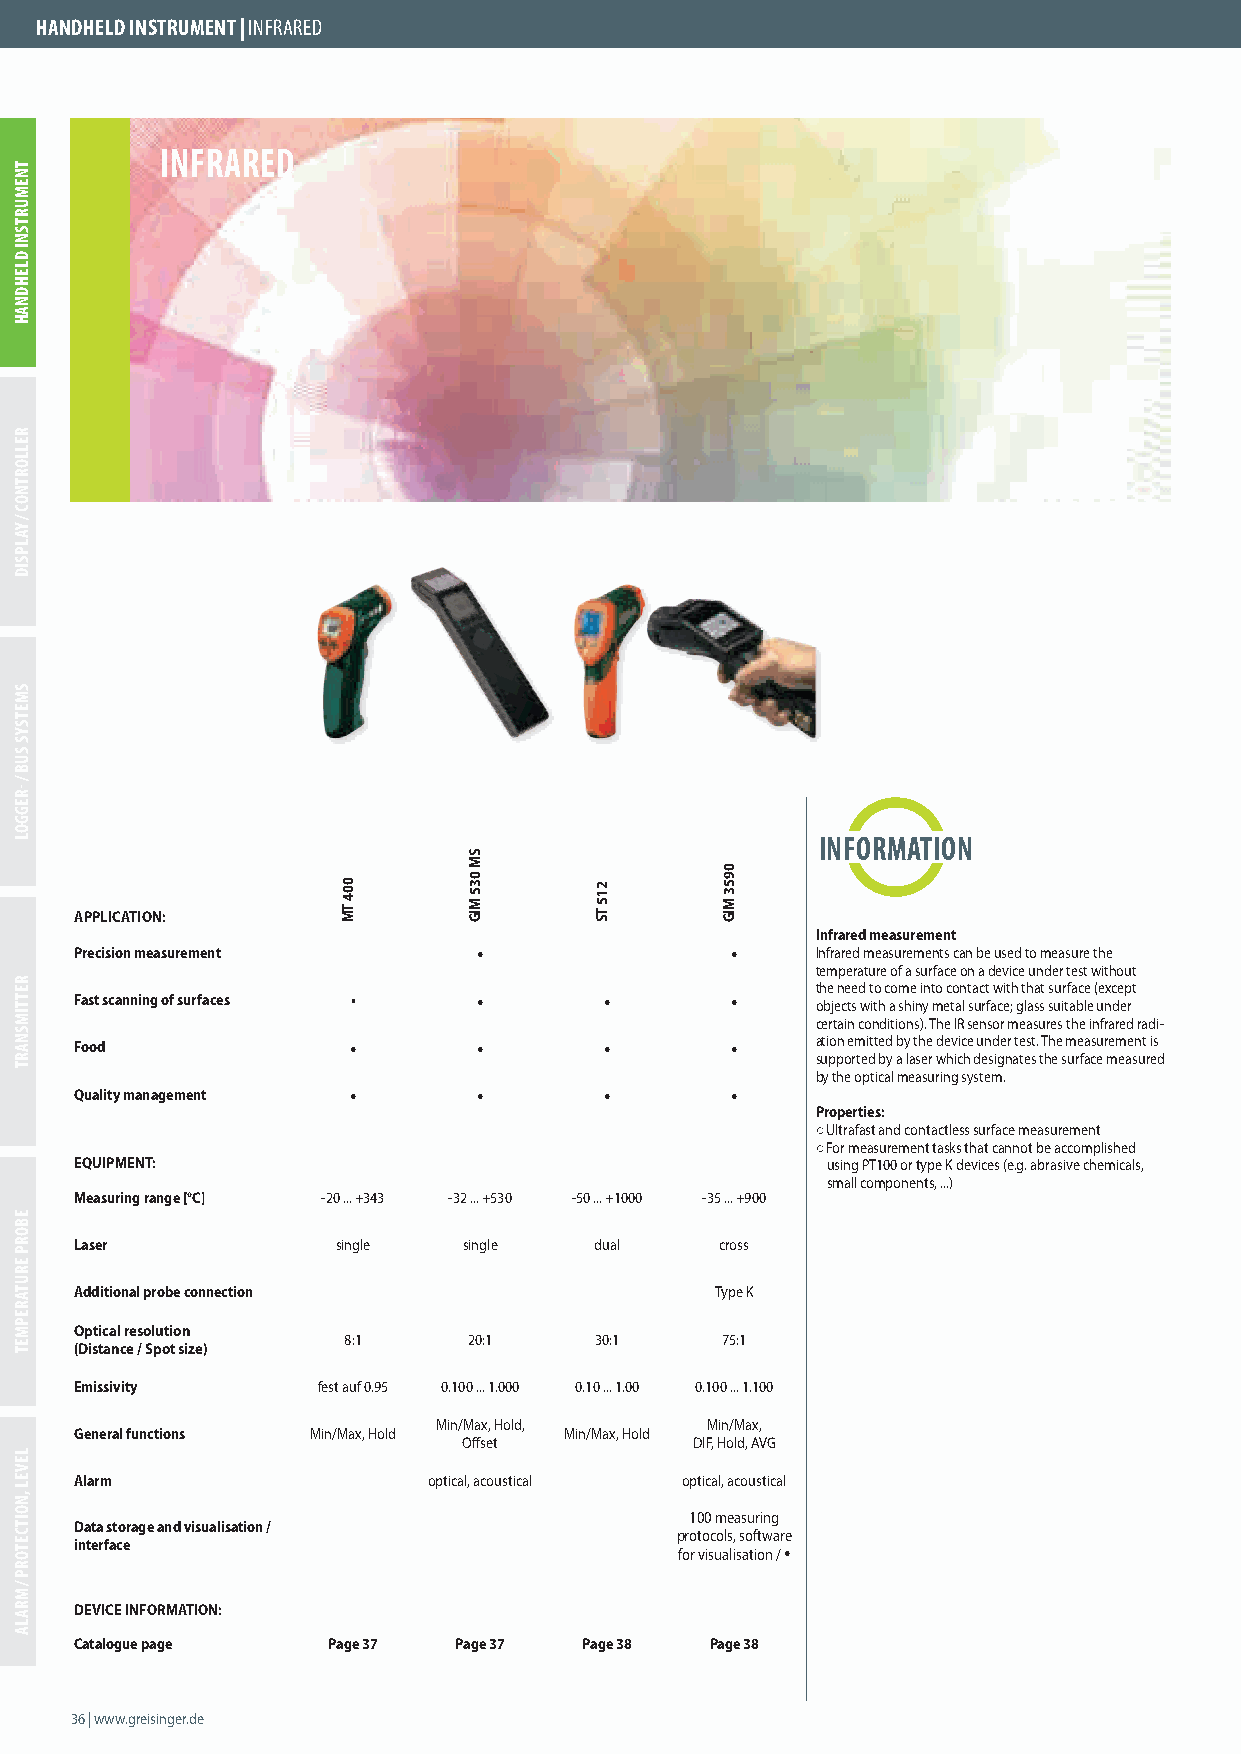
HANDHELD INSTRUMENT | INFRARED
 INFRARED
 INFORMATION
 APPLICATION:
 Infrared measurement
 Precision measurement      •               •     Infrared measurements can be used to measure the
 temperature of a surface on a device under test without
 the need to come into contact with that surface (except
 Fast scanning of surfaces • •      •       •     objects with a shiny metal surface; glass suitable under
 certain conditions). The IR sensor measures the infrared radi-
 Food              •        •       •       •     ation emitted by the device under test. The measurement is
 supported by a laser which designates the surface measured
 by the optical measuring system.
 Quality management •       •       •       •
 Properties:
 ○ Ultrafast and contactless surface measurement
 ○ For measurement tasks that cannot be accomplished
 EQUIPMENT:                                        using PT100 or type K devices (e.g. abrasive chemicals,
 small components, ...)
 Measuring range [°C] -20 ... +343 -32 ... +530 -50 ... +1000 -35 ... +900
 Laser            single   single  dual     cross
 Additional probe connection               Type K
 Optical resolution
 8:1     20:1    30:1     75:1
 (Distance / Spot size)
 Emissivity      fest auf 0.95 0.100 ... 1.000 0.10 ... 1.00 0.100 ... 1.100
 Min/Max, Hold,    Min/Max,
 General functions Min/Max, Hold Min/Max, Hold
 Off set        DIF, Hold, AVG
 Alarm                  optical, acoustical optical, acoustical
 100 measuring
 Data storage and visualisation /
 protocols, software
 interface                               for visualisation / •
 DEVICE INFORMATION:
 Catalogue page   Page 37 Page 37  Page 38 Page 38
 36 | www.greisinger.de
 TNEMURTSNI
 DLEHDNAH
 RELLORTNOC
 /
 YALPSID
 SMETSYS
 SUB
 /
 -REGGOL
 RETTIMSNART
 EBORP
 ERUTAREPMET
 LEVEL
 ,NOITCETORP
 /
 MRALA
 004
 TM
 SM
 035
 MIG
 215
 TS
 0953
 MIG